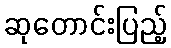
ဆုတောင်းပြည့်